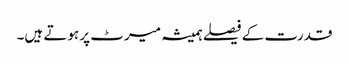
قدرت کے فیصلے ہمیشہ میرٹ پر ہوتے ہیں۔